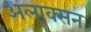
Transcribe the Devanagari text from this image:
अलाक्सन